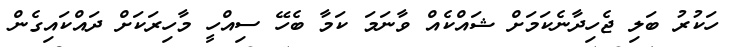
ހަކުރު ބަލި ޖެހިދާނެކަމަށް ޝައްކެއް ވާނަމަ ކަމާ ބެހޭ ސިއްހީ މާހިރަކަށް ދައްކައިގެން